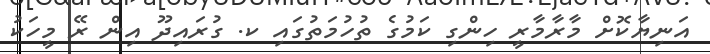
އަނިޔާކޮށް މާރާމާރީ ހިންގި ކަމުގެ ތުހުމަތުގައި ކ. ގުރައިދޫ އިން ރޭ މީހަކު